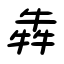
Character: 犇